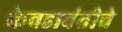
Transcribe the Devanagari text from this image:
केवडावंतीचे